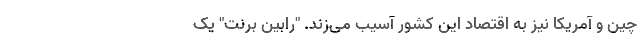
چین و آمریکا نیز به اقتصاد این کشور آسیب می‌زند. "رابین برنت" یک